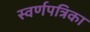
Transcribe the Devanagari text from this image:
स्वर्णपत्रिका